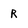
Character: r